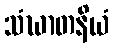
သံဃာတနိယံ